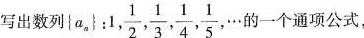
写出数列{a_{n}}:1,\frac{1}{2},\frac{1}{3},\frac{1}{4},\frac{1}{5}，… 的一个通项公式，